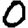
Digit: 0